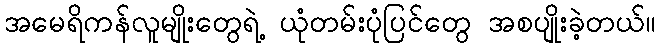
အမေရိကန်လူမျိုးတွေရဲ့ ယုံတမ်းပုံပြင်တွေ အစပျိုးခဲ့တယ်။